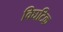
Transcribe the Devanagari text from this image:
विघटिक